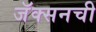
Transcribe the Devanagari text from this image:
जॅक्सनची